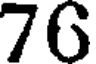
70